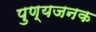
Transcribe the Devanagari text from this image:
पुण्यजनक